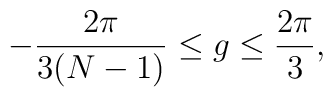
- \frac{2\pi}{3(N-1)}\leq g \leq\frac{2\pi}{3},